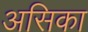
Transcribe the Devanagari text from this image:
असिका